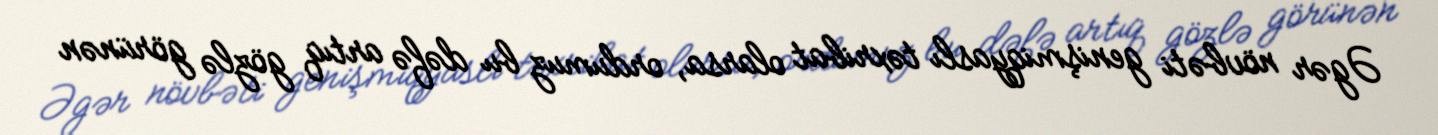
Əgər növbəti genişmiqyaslı təxribat olarsa, ordumuz bu dəfə artıq gözlə görünən